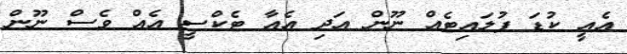
އެއީ ކުޑަ ފުލައިޓެއް ނޫން އަދި އެއާ ޓެކްސީ އެއް ވެސް ނޫން